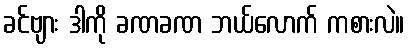
ခင်ဗျား ဒါကို ခဏခဏ ဘယ်လောက် ကစားလဲ။